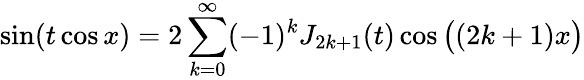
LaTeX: \sin(t\cos x)=2\sum_{k=0}^{\infty}(-1)^{k}J_{2k+1}(t)\cos{\big(}(2k+1)x{\big)}